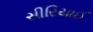
સીરિયાઈ